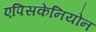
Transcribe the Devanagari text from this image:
एपिसकेनियोन